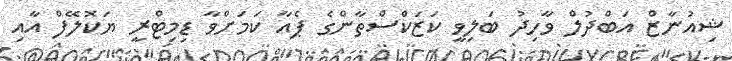
ޝިއުނާޒް އަބްދުލް ވާހިދު ބަލިވީ ކަޒަކްސްތާންގެ ޕެއާ ކަމަށްވާ ޑިމިޓްރީ ޔަކޮލޭފް އާއި